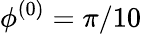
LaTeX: \phi^{(0)}=\pi/10